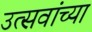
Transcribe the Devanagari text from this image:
उत्सवांच्या